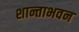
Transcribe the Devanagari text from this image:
शान्ताभवन